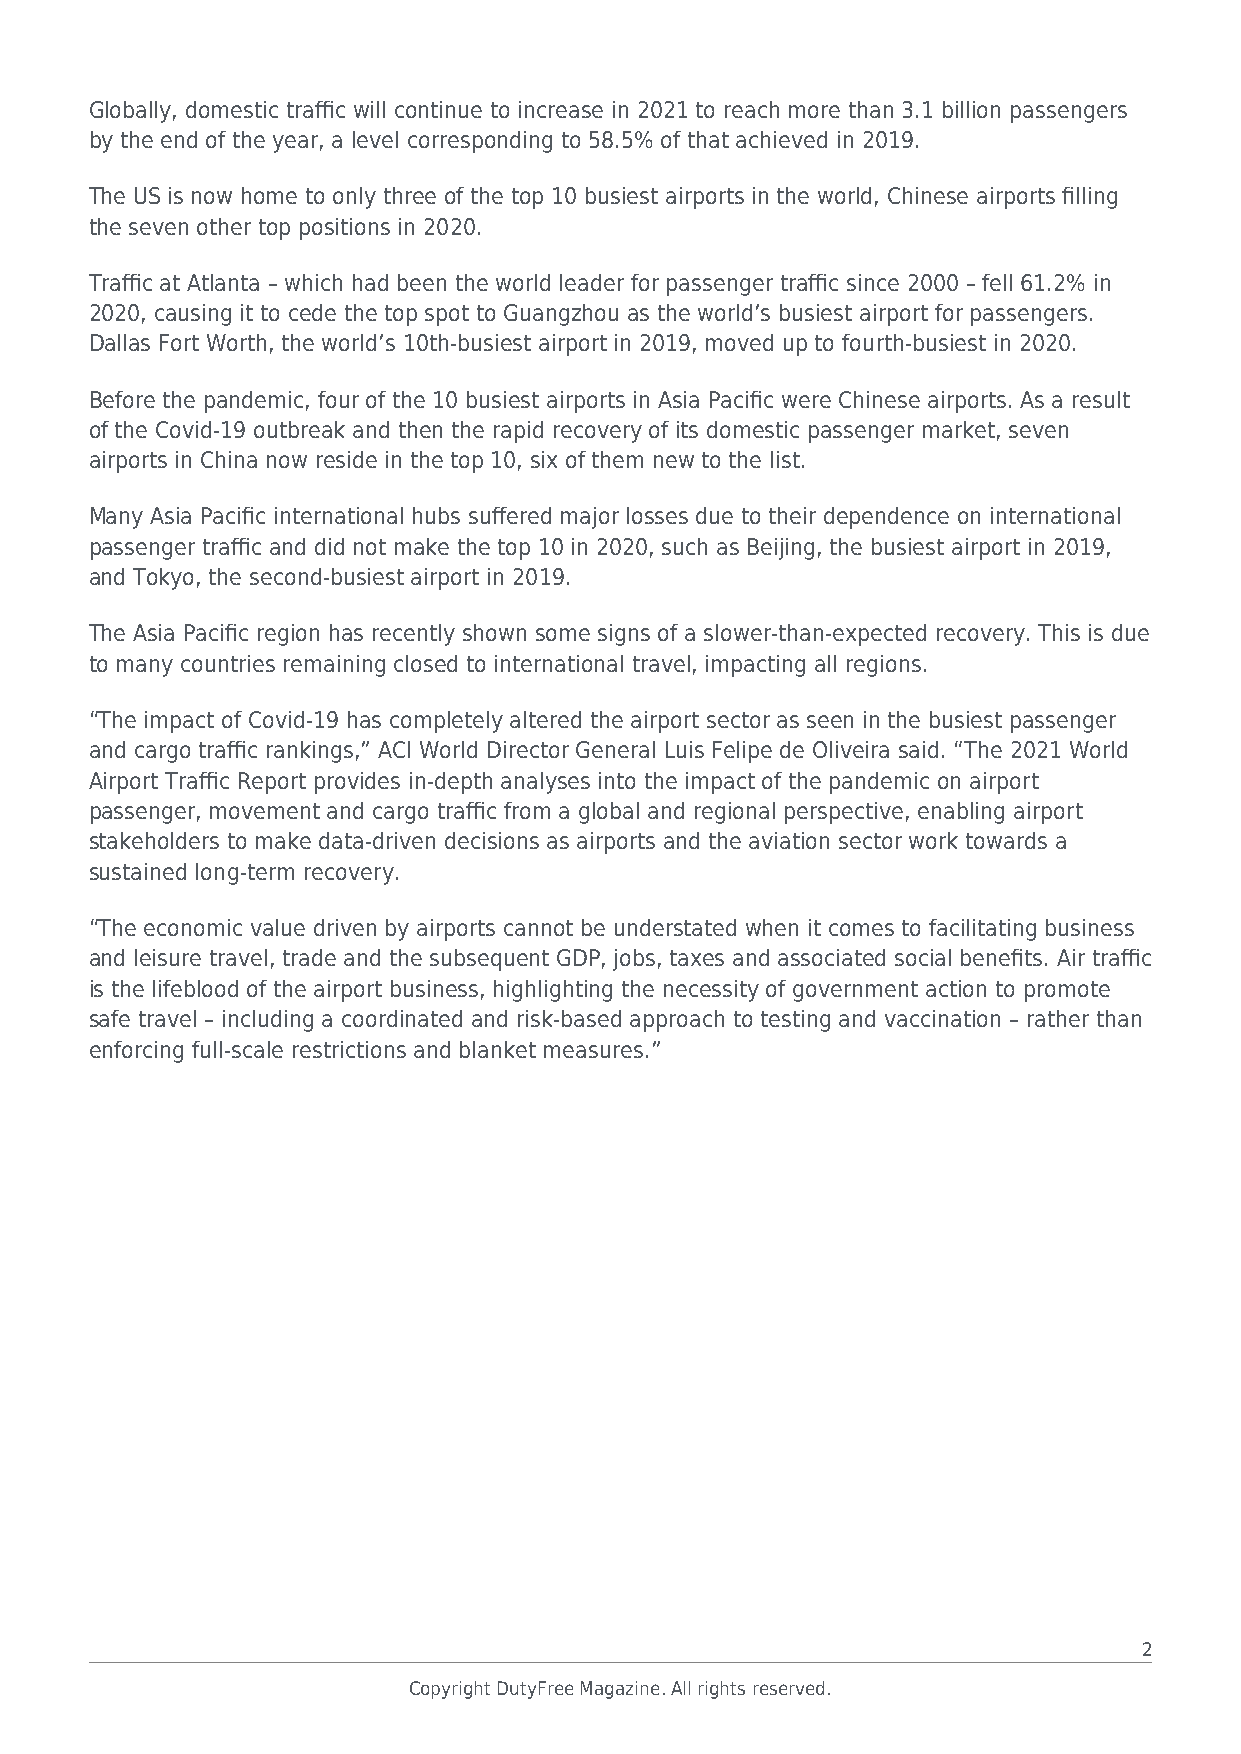
Globally, domestic traffic will continue to increase in 2021 to reach more than 3.1 billion passengers
 by the end of the year, a level corresponding to 58.5% of that achieved in 2019.
 The US is now home to only three of the top 10 busiest airports in the world, Chinese airports filling
 the seven other top positions in 2020.
 Traffic at Atlanta – which had been the world leader for passenger traffic since 2000 – fell 61.2% in
 2020, causing it to cede the top spot to Guangzhou as the world’s busiest airport for passengers.
 Dallas Fort Worth, the world’s 10th-busiest airport in 2019, moved up to fourth-busiest in 2020.
 Before the pandemic, four of the 10 busiest airports in Asia Pacific were Chinese airports. As a result
 of the Covid-19 outbreak and then the rapid recovery of its domestic passenger market, seven
 airports in China now reside in the top 10, six of them new to the list.
 Many Asia Pacific international hubs suffered major losses due to their dependence on international
 passenger traffic and did not make the top 10 in 2020, such as Beijing, the busiest airport in 2019,
 and Tokyo, the second-busiest airport in 2019.
 The Asia Pacific region has recently shown some signs of a slower-than-expected recovery. This is due
 to many countries remaining closed to international travel, impacting all regions.
 “The impact of Covid-19 has completely altered the airport sector as seen in the busiest passenger
 and cargo traffic rankings,” ACI World Director General Luis Felipe de Oliveira said. “The 2021 World
 Airport Traffic Report provides in-depth analyses into the impact of the pandemic on airport
 passenger, movement and cargo traffic from a global and regional perspective, enabling airport
 stakeholders to make data-driven decisions as airports and the aviation sector work towards a
 sustained long-term recovery.
 “The economic value driven by airports cannot be understated when it comes to facilitating business
 and leisure travel, trade and the subsequent GDP, jobs, taxes and associated social benefits. Air traffic
 is the lifeblood of the airport business, highlighting the necessity of government action to promote
 safe travel – including a coordinated and risk-based approach to testing and vaccination – rather than
 enforcing full-scale restrictions and blanket measures.”
 2
 Copyright DutyFree Magazine. All rights reserved.